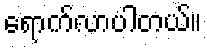
ရောက်လာပါတယ်။